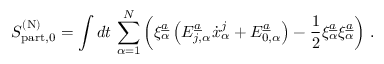
S _ { \mathrm { p a r t } , 0 } ^ { ( \mathrm { N } ) } = \int d t \, \sum _ { \alpha = 1 } ^ { N } \left( \xi _ { \alpha } ^ { \underline { { { a } } } } \left( E _ { j , \alpha } ^ { \underline { { { a } } } } \dot { x } _ { \alpha } ^ { j } + E _ { 0 , \alpha } ^ { \underline { { { a } } } } \right) - { \frac { 1 } { 2 } } \xi _ { \alpha } ^ { \underline { { { a } } } } \xi _ { \alpha } ^ { \underline { { { a } } } } \right) \, .